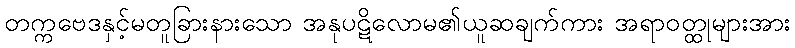
တက္ကဗေဒနှင့်မတူခြားနားသော အနုပဋိလောမ၏ယူဆချက်ကား အရာဝတ္ထုများအား